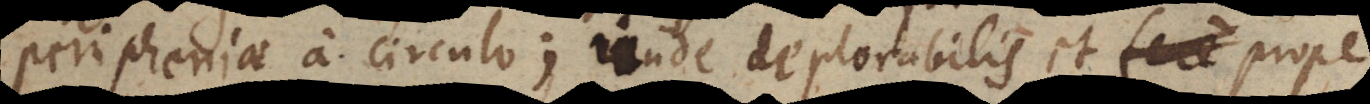
peripheriae a circulo; unde deplorabilis et fere prope